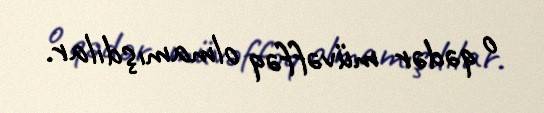
o qədər müvəffəq olmamışdılar.